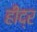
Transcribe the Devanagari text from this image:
हीद्र